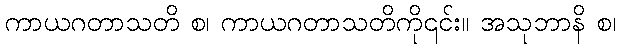
ကာယဂတာသတိ စ၊ ကာယဂတာသတိကို၎င်း။ အသုဘာနိ စ၊